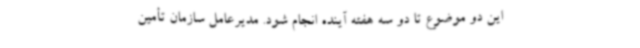
این دو موضوع تا دو سه هفته آینده انجام شود. مدیرعامل سازمان تأمین